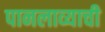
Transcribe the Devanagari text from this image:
पानलाव्याची